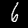
Label: 6